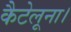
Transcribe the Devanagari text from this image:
कैटेलूना।